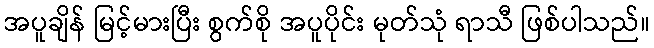
အပူချိန် မြင့်မားပြီး စွက်စို အပူပိုင်း မုတ်သုံ ရာသီ ဖြစ်ပါသည်။